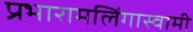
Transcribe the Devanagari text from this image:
प्रभारामलिंगास्वामी